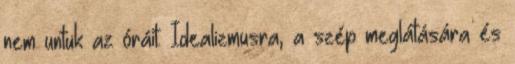
nem untuk az óráit. Idealizmusra, a szép meglátására és